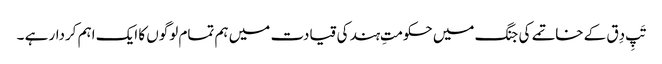
تَپِ دِق کے خاتمے کی جنگ میں حکومتِ ہند کی قیادت میں ہم تمام لوگوں کا ایک اہم کردار ہے ۔